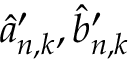
\hat { a } _ { n , k } ^ { \prime } , \hat { b } _ { n , k } ^ { \prime }